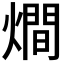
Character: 𤏐